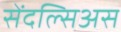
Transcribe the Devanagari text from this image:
सेंदल्सिअस